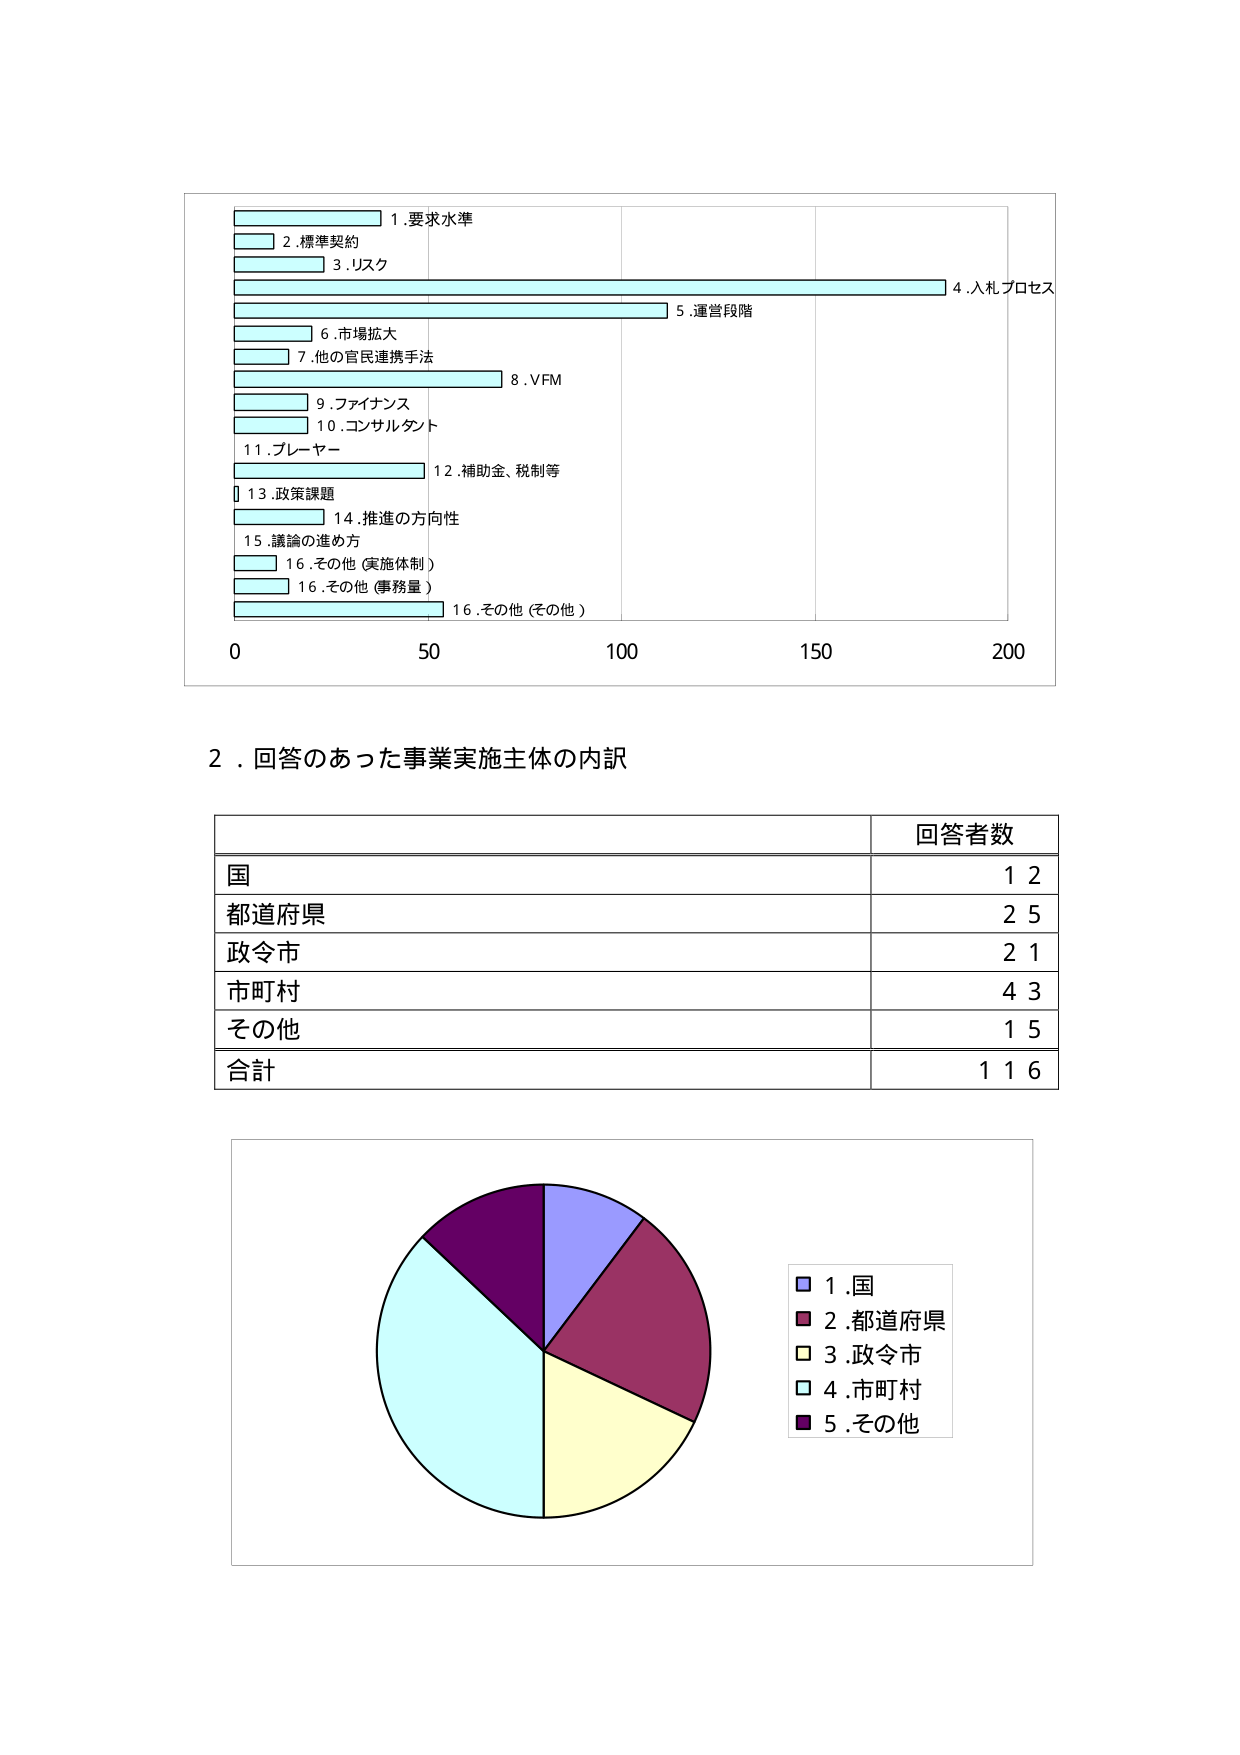
1.要求水準
2.標準契約
3.リスク
4.入札プロセス
5.運営段階
6.市場拡大
7.他の官民連携手法
8.VFM
9.ファイナンス
10.コンサルタント
11.プレーヤー
12.補助金、税制等
13.政策課題
14.推進の方向性
15.議論の進め方
16.その他（実施体制）
16.その他（事務量）
16.その他（その他）
0 50 100 150 200

2.回答のあった事業実施主体の内訳

回答者数
国 12
都道府県 25
政令市 21
市町村 43
その他 15
合計 116

1.国
2.都道府県
3.政令市
4.市町村
5.その他